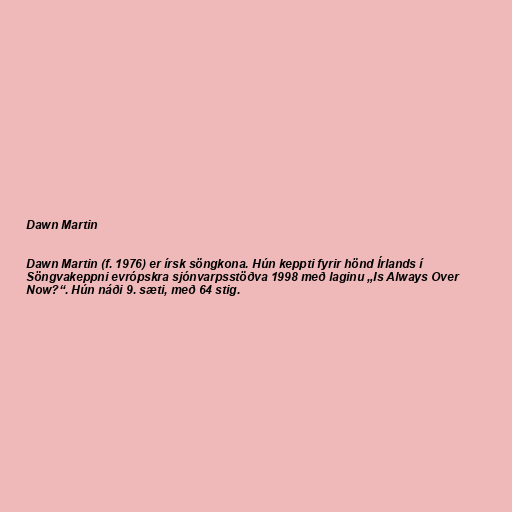
Dawn Martin

Dawn Martin (f. 1976) er írsk söngkona. Hún keppti fyrir hönd Írlands í
Söngvakeppni evrópskra sjónvarpsstöðva 1998 með laginu „Is Always Over
Now?“. Hún náði 9. sæti, með 64 stig.